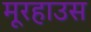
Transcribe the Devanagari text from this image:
मूरहाउस